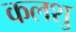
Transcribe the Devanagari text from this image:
कलशु